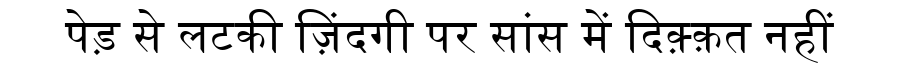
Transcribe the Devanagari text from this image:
पेड़ से लटकी ज़िंदगी पर सांस में दिक़्क़त नहीं